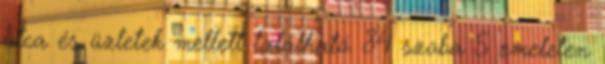
utca és üzletek mellett található. 84 szoba 5 emeleten